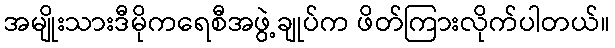
အမျိုးသားဒီမိုကရေစီအဖွဲ့ချုပ်က ဖိတ်ကြားလိုက်ပါတယ်။